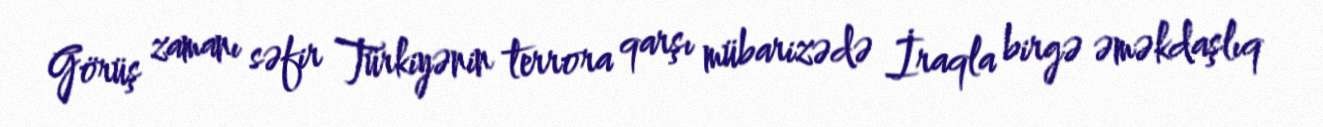
Görüş zamanı səfir Türkiyənin terrora qarşı mübarizədə İraqla birgə əməkdaşlıq